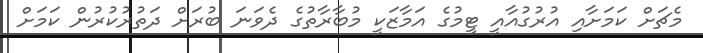
މެޗަށް ކަމަށާއި އުރުގުއާއީ ޓީމުގެ އަމާޒަކީ މުބާރާތުގެ ދެވަނަ ބުރަށް ދަތުރުކުރުން ކަމަށް